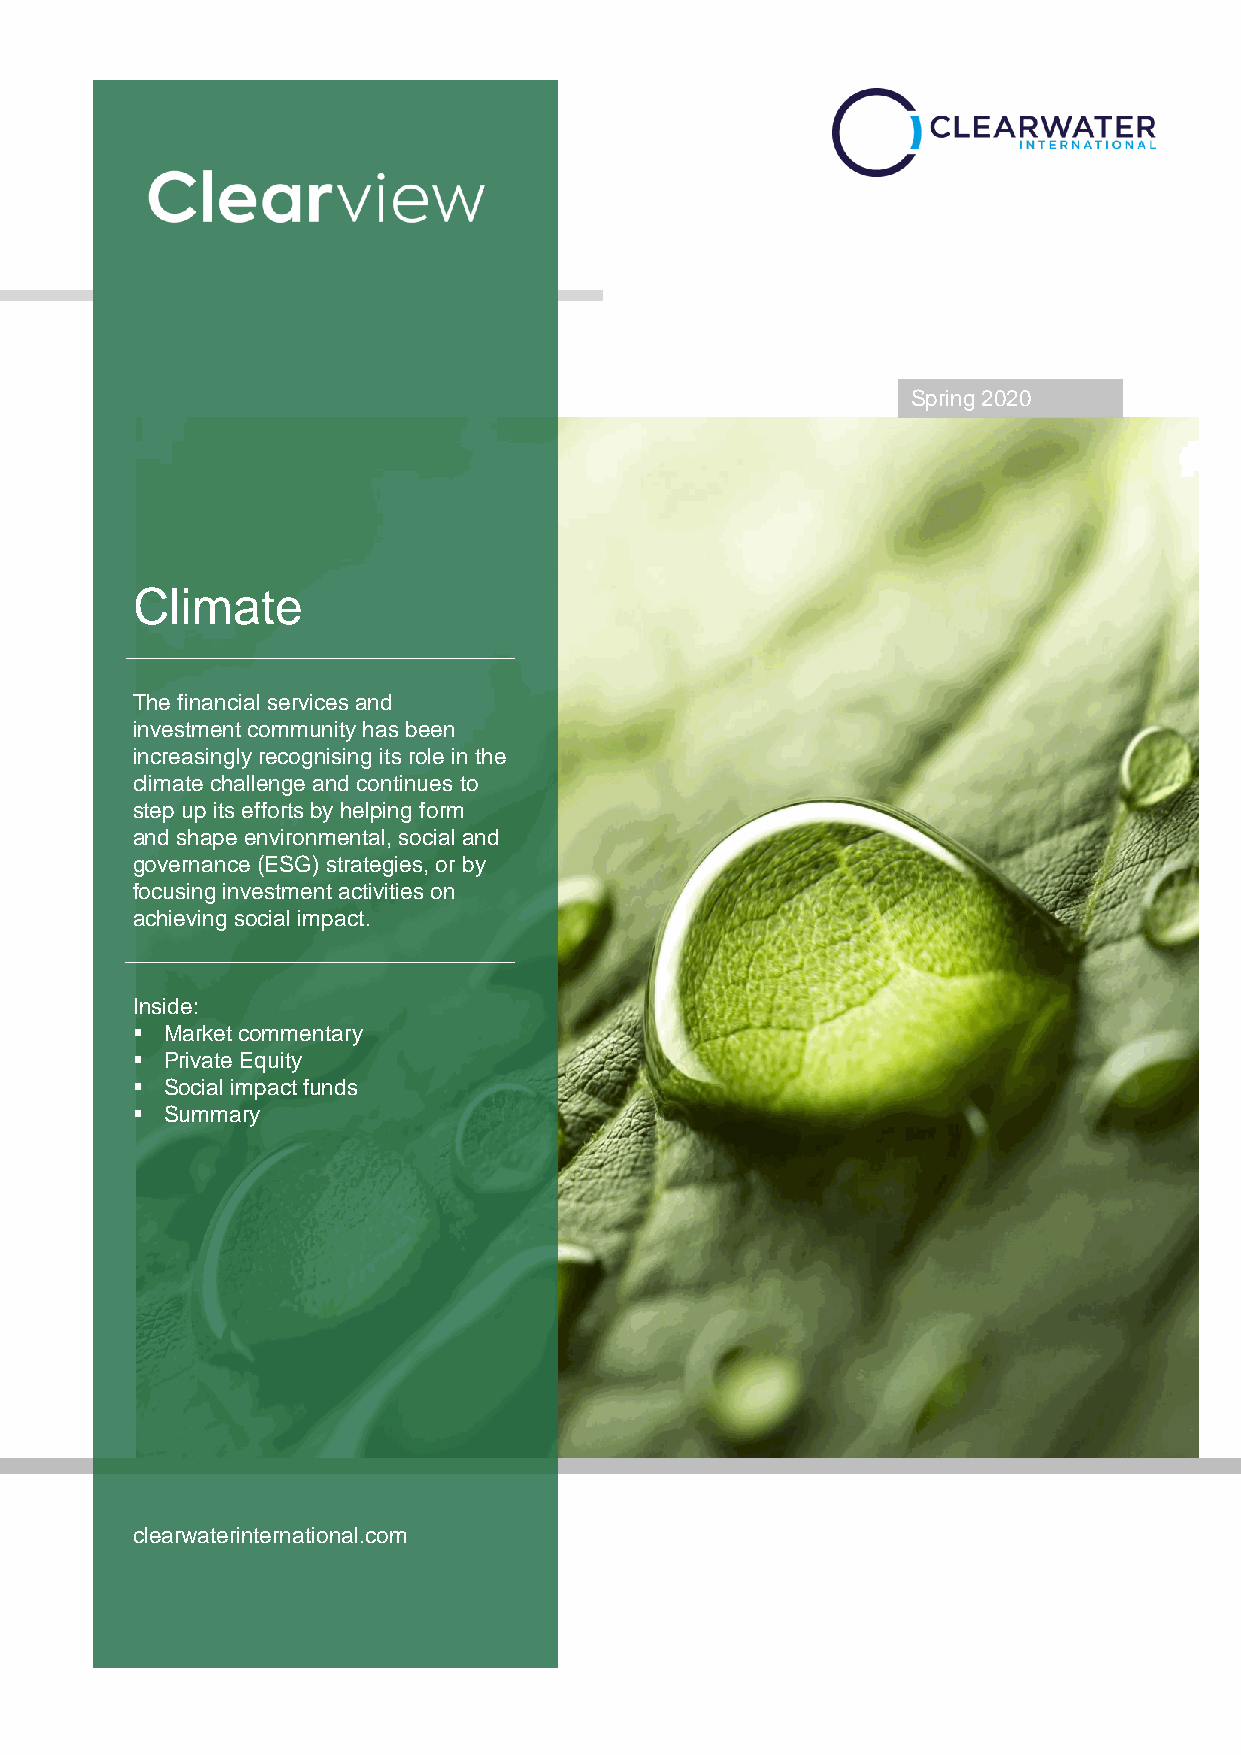
Spring 2020
 Climate
 The financial services and
 investment community has been
 increasingly recognising its role in the
 climate challenge and continues to
 step up its efforts by helping form
 and shape environmental, social and
 governance (ESG) strategies, or by
 focusing investment activities on
 achieving social impact.
 Inside:
 ▪ Market commentary
 ▪ Private Equity
 ▪ Social impact funds
 ▪ Summary
 clearwaterinternational.com